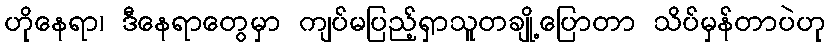
ဟိုနေရာ၊ ဒီနေရာတွေမှာ ကျပ်မပြည့်ရှာသူတချို့ပြောတာ သိပ်မှန်တာပဲဟု